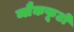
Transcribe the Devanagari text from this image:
ब्लैकफूटों